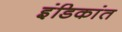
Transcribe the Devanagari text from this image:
इंडिकांत